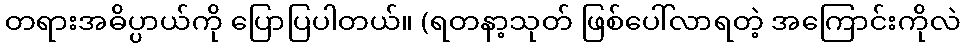
တရားအဓိပ္ပာယ်ကို ပြောပြပါတယ်။ (ရတနာ့သုတ် ဖြစ်ပေါ်လာရတဲ့ အကြောင်းကိုလဲ